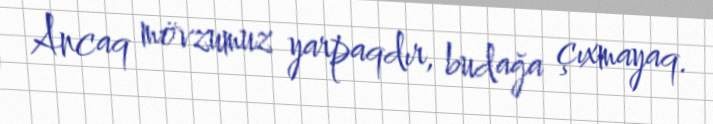
Ancaq mövzumuz yarpaqdır, budağa çıxmayaq.